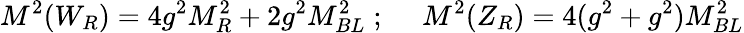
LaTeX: M^{2}(W_{R})=4g^{2}M_{R}^{2}+2g^{2}M_{BL}^{2}\; ;\; \quad M^{2}(Z_{R})=4(g^{2}+g^{2})M_{BL}^{2}